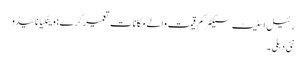
رئیل اسٹیٹ سیکٹر کم قیمت والے مکانات تعمیر کرے : وینکیا نائیڈو
نئی دہلی ۔